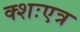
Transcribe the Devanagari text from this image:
क्शःएत्र